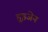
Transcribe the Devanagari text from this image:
हुइजेन